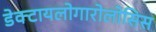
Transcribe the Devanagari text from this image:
डेक्टायलोगारोलोसिस